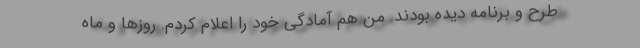
طرح و برنامه دیده بودند. من هم آمادگی خود را اعلام کردم. روزها و ماه